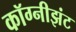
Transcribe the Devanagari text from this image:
कॉग्नीझंट